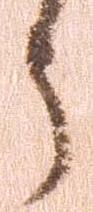
う